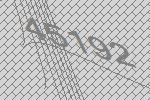
45192